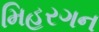
મિહરગન